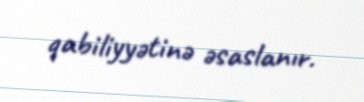
qabiliyyətinə əsaslanır.